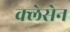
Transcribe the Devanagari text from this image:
क्लेसेन